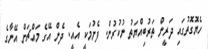
ހެޔޮގޮތުގައި ދަރީން ތަރުބިއްޔަތު ނުކުރުން. ފެށުމަކީ އެއީ. ދެން އޭގެ މައްޗަށް އޭނާގެ